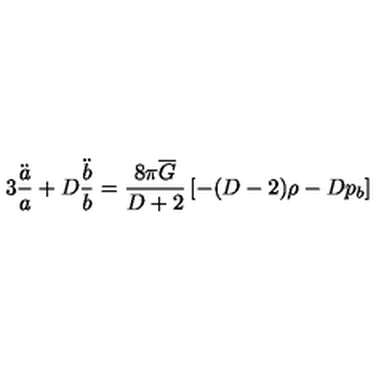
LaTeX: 3 \frac { \ddot { a } } { a } + D \frac { \ddot { b } } { b } = \frac { 8 \pi \overline { { G } } } { D + 2 } \left[ - ( D - 2 ) \rho - D p _ { b } \right]